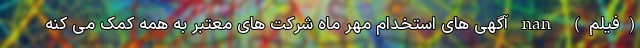
(فیلم) nan آگهی های استخدام مهر ماه شرکت های معتبر به همه کمک می کنه